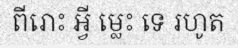
ពីរោះ អ្វី ម្លេះ ទេ រហូត